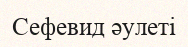
Сефевид әулеті